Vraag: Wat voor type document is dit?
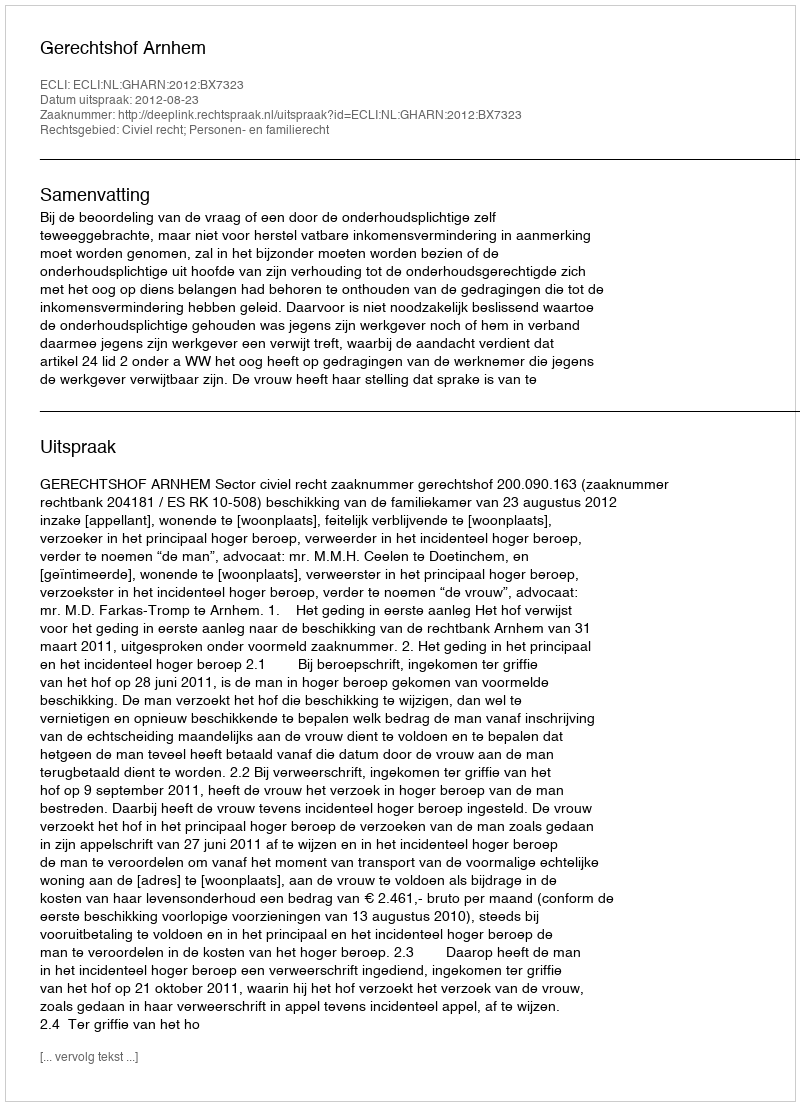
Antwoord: Uitspraak